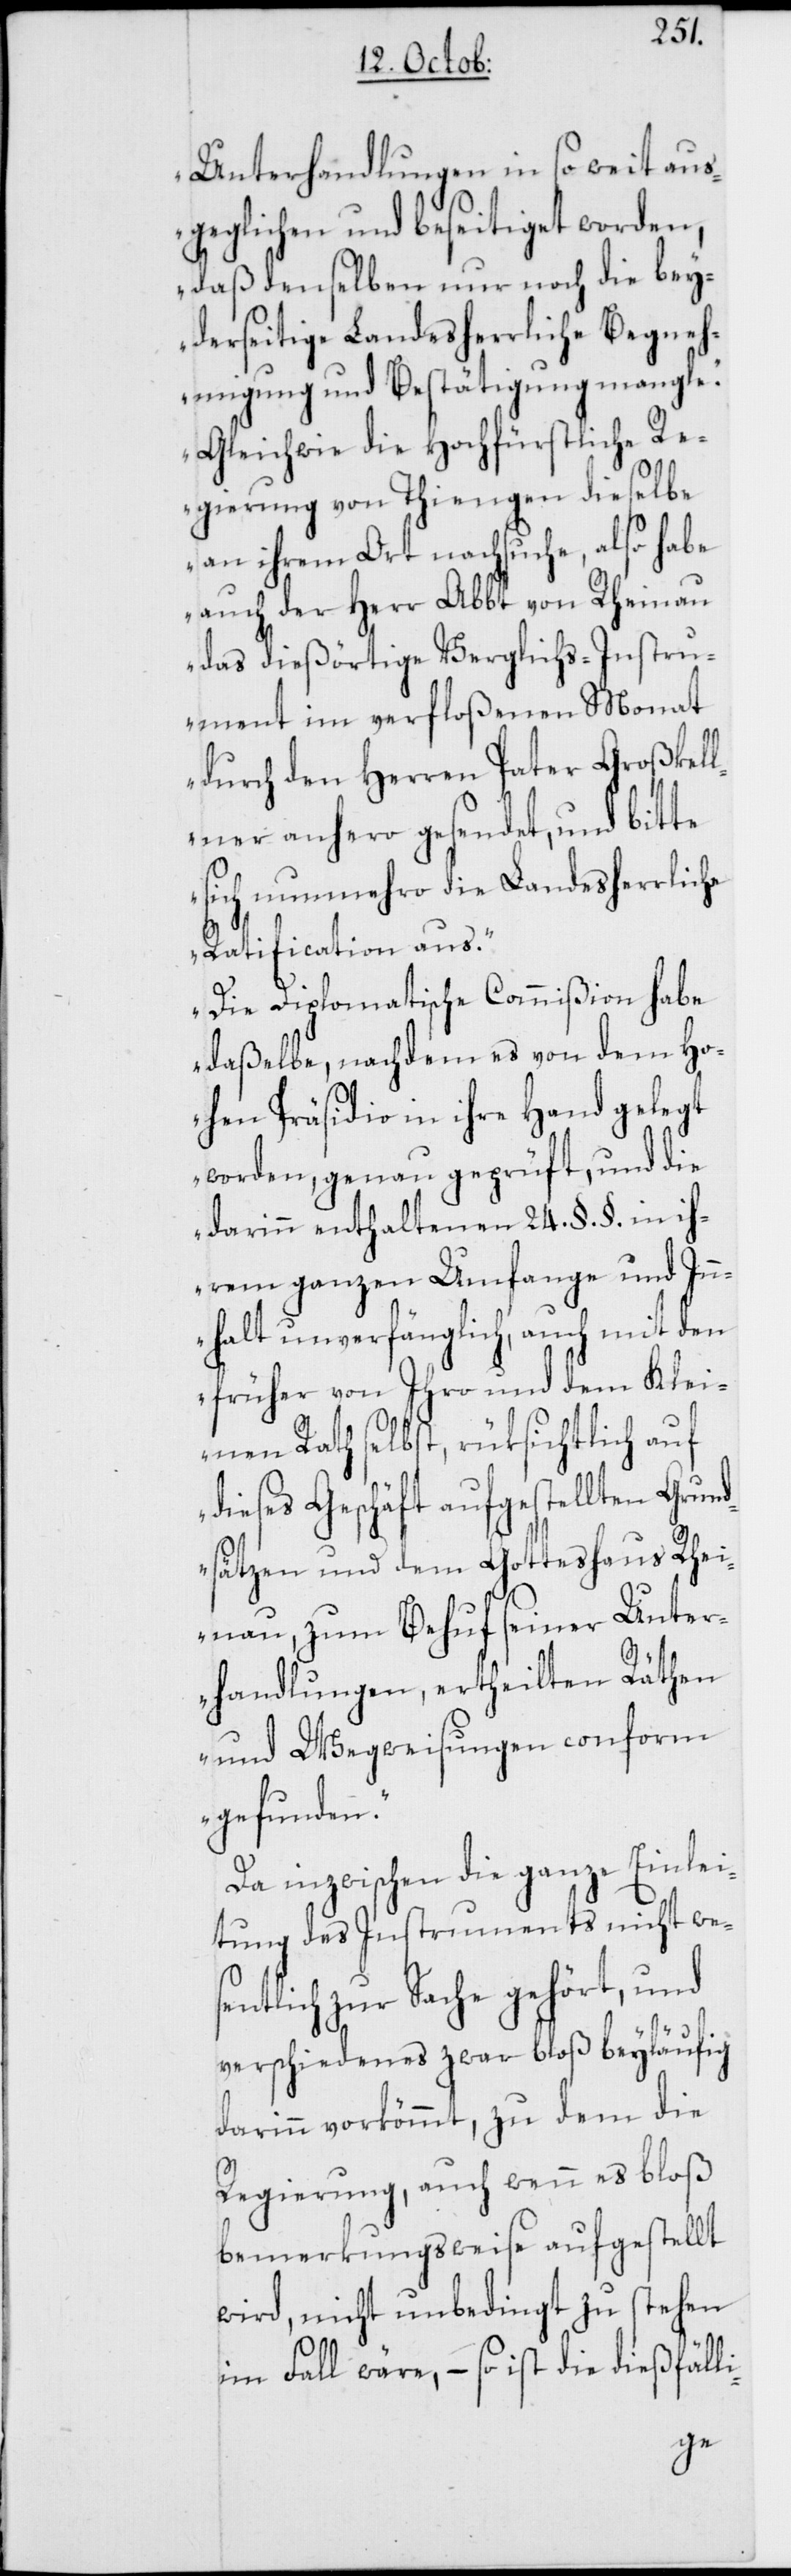
Unterhandlungen in so weit aus¬
geglichen und beseitiget worden,
daß denselben nur noch die bey¬
derseitige Landesherrliche Begneh¬
migung und Bestätigung mangle.
Gleichwie die Hochfürstliche Re¬
gierung von Thiengen dieselbe
an ihrem Ort nachsuche, also habe
auch der Herr Abbt von Rheinau
das dießörtige Verglichs-Instru¬
ment im verfloßenen Monat
durch den Herren Pater Großkel¬
lner anhero gesendet, und bitte
sich nunmehro die Landesherrliche
Ratification aus.
Die Diplomatische Commißion habe
daßelbe, nachdem es von dem Ho¬
hen Präsidio in ihre Hand gelegt
worden, genau geprüft, und die
darinn enthaltenen 24. §.§. in ih¬
rem ganzen Umfange und In¬
nhalt unverfänglich, auch mit den
früher von Ihro und dem Klein¬
en Rath selbst, rüksichtlich auf
dieses Geschäft aufgestellten Grund¬
sätzen und dem Gotteshaus Rhei¬
nau, zum Behuf seiner Unter¬
handlungen, ertheilten Räthen
und Wegweisungen conform
gefunden.“
Da inzwischen die ganze Einlei¬
tung des Instruments nicht wes¬
entlich zur Sache gehört, und
verschiedenes zwar bloß beyläufig
darinn vorkömmt, zu dem die
Regierung, auch wenn es bloß
bemerkungsweise aufgestellt
wird, nicht unbedingt zu stehen
im Fall wäre, – so ist die dießfälli-